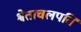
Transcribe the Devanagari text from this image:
श्वेताचलपति